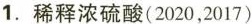
1.稀释浓硫酸(2020，2017)